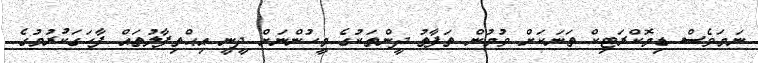
ނަމަވެސް ޑިމޮކްރަޓިކް ތަނަކަށް ވުމުން ތަފާތު ދީންތަކުގެ މީހުންނަށް ދީނީ އިޙްތިފާލުތައް ފާހަގަކުރުމުގެ